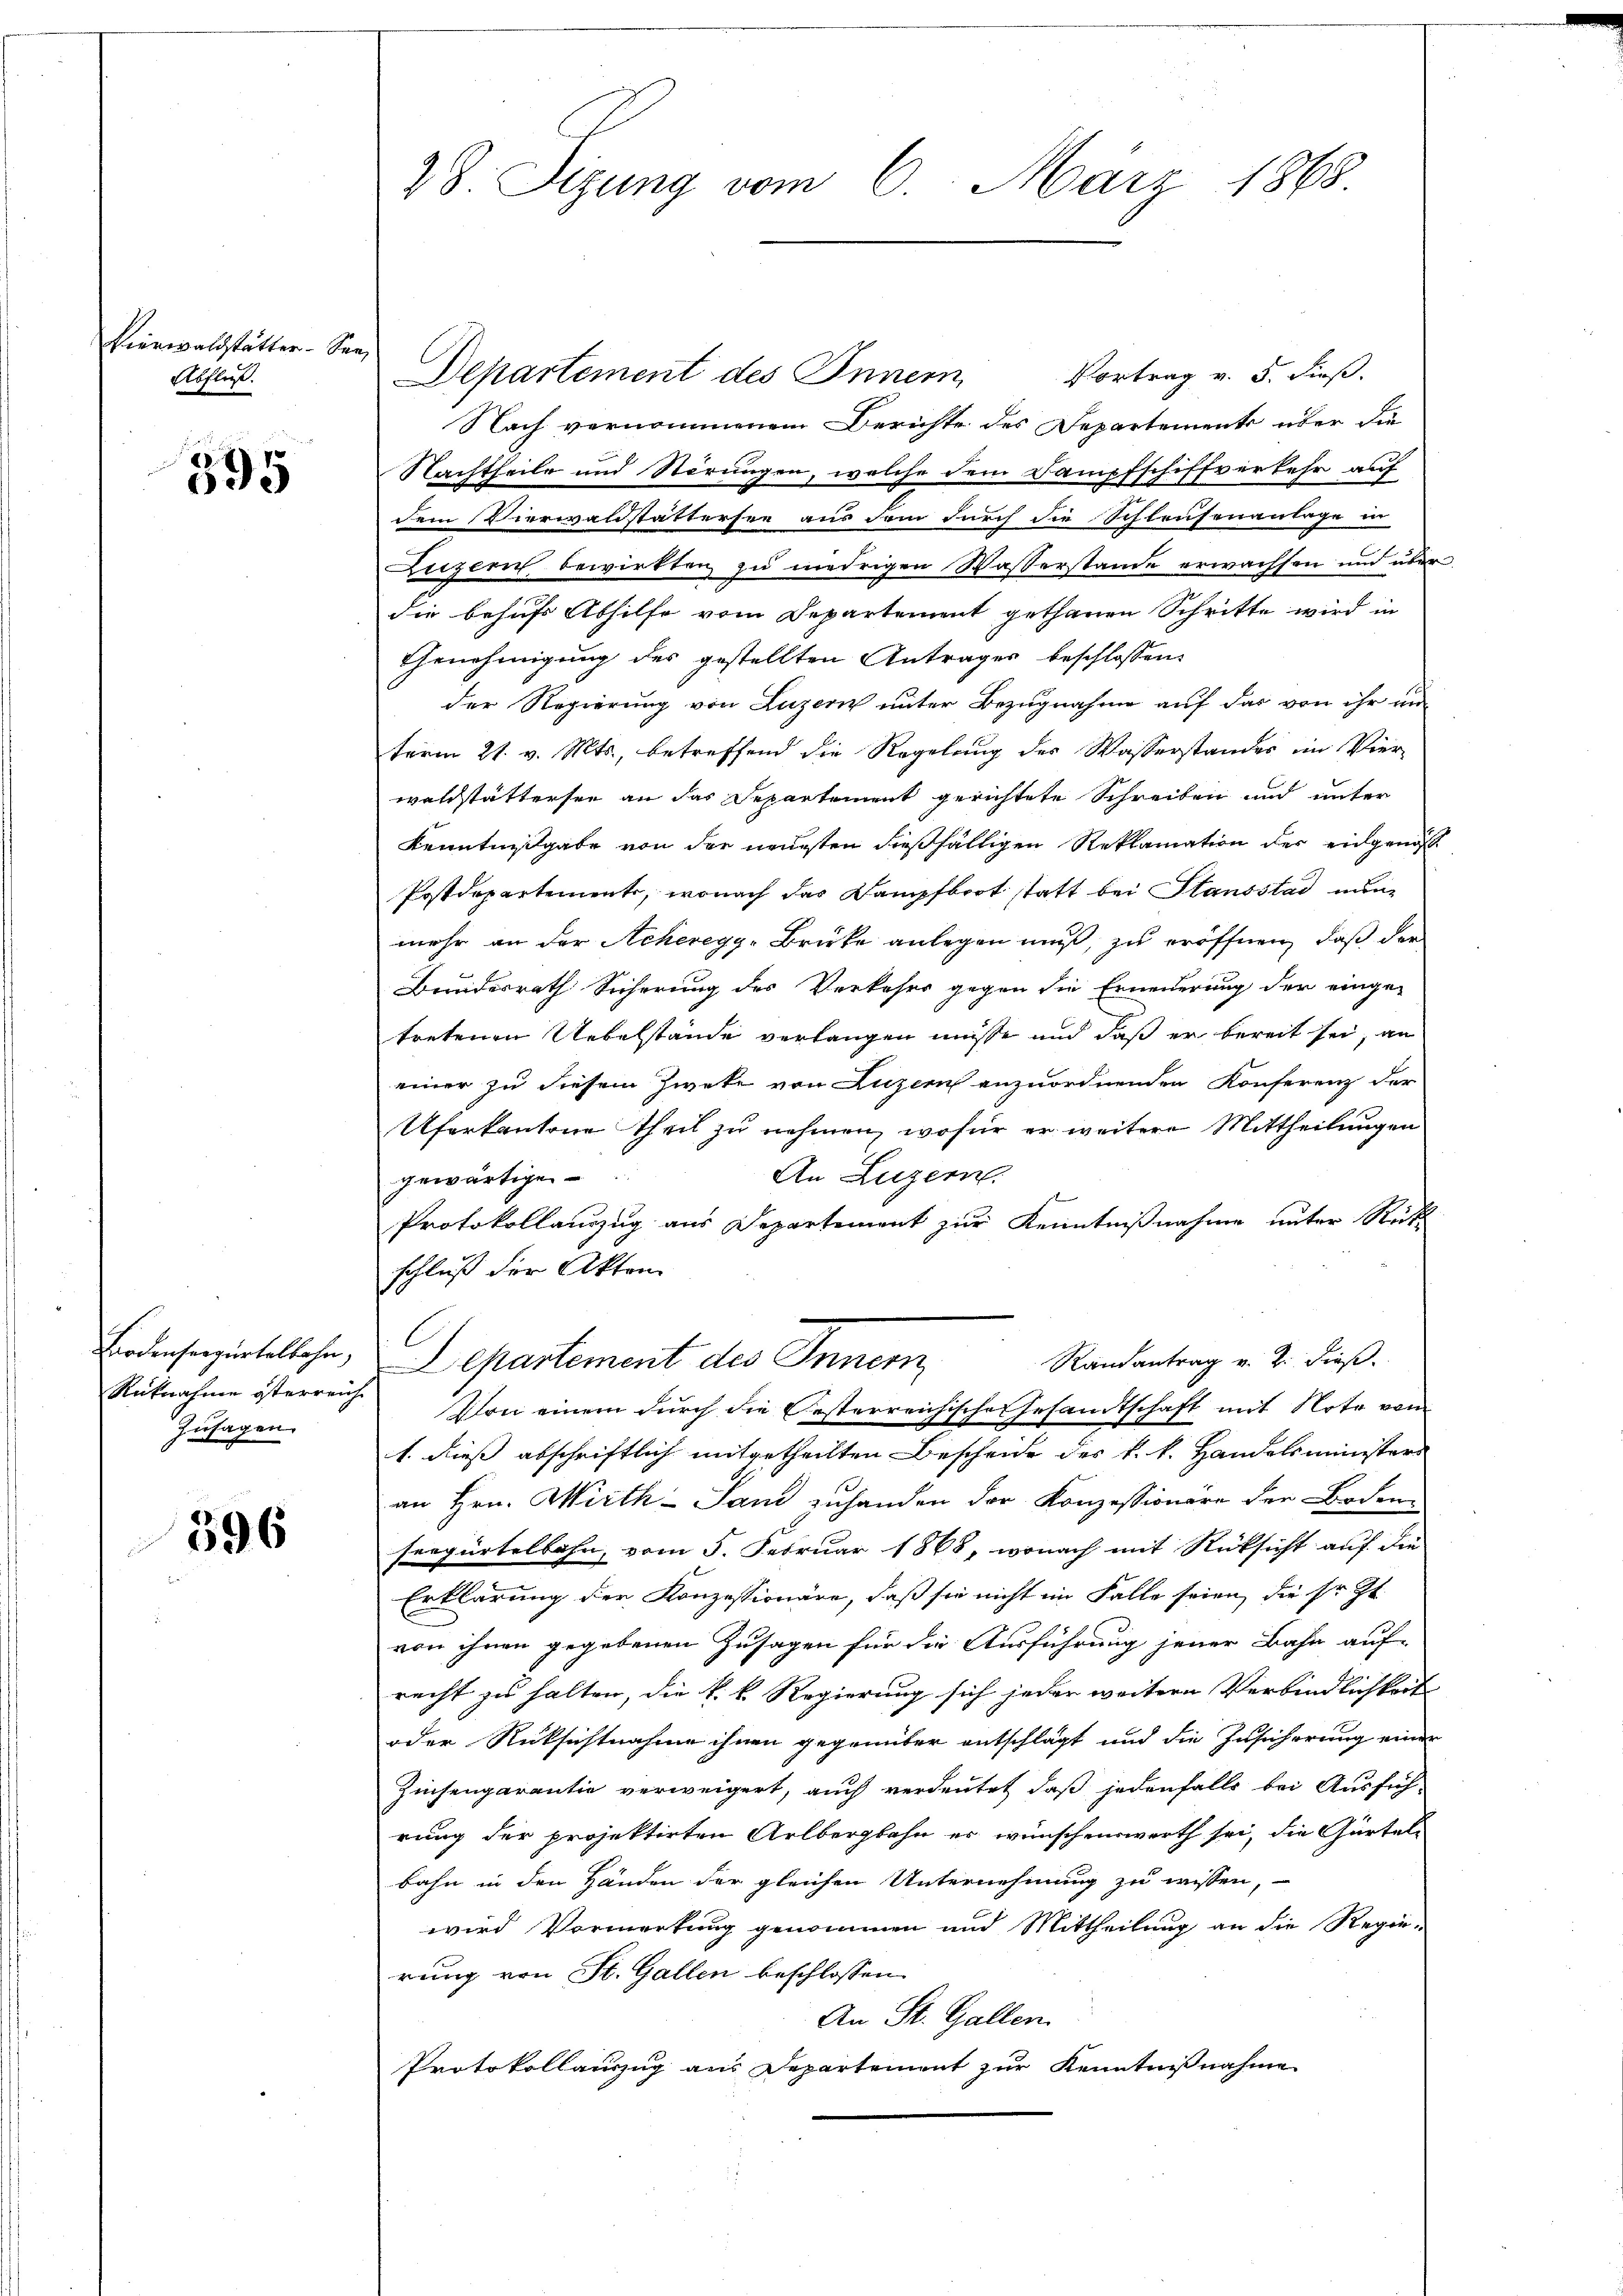
Vierwaldstätter. Sen
Abfluss.

281
595

Bodenseegürtelbahn,
Rücknahme österreich
Zusagen.

596

28. Sizung vom 6. März 1868

Departement des Innern Vortrag v. 5. dieβ.
Nach vernommenem Berichte des Departements über die
Nachtheile und Störungen, welche dem Dampfschiffverkehr auf
dem Vierwaldstättersee aus dem durch die Schleusenantage in
Luzern bewirkten zu niedrigen Wasserstande erwachsen und überdie behufs Abhilfe vom Departement gethanen Schritte wird in
Genehmigung des gestellten Anträger beschlossen:
der Regierung von Luzern unter Bezugnahme auf das von ihr un
term 21. v. Mts., betreffend die Regelung der Wasserstandes im Vier-
walcstättersen an das Departement gerichtete Schreiben und unter
Kenntnißgabe von der neuesten dießfälligen Reklamation der eidgenöß¬
Postdepartemente, wonach das Kampfboot statt bei Stausstad nunmehr an der Acheregg-Brücke anlegen muß, zu eröffnen, daß der
Bundesrath Sicherung der Verkehrs gegen die Erneuerung der einge-
tretenen Uebelstände verlangen müsse und daß er bereit sei, an
einer zu diesem Zweke von Luzer anzuordnenden Konferenz der
Uferkantone theil zŭ nehmen, wofür er weitere Mittheilungen
An Luzern.
gewärtige
f
Protokollauszug aus Departement zur Kenntnißnahme unter Rück
schluß der Akten
Randantrag v. 2. dieß.
Departement des Innern
Von einem durch die Oesterreichische Gesandtschaft mit Note von
1. dieß abschriftlich mitgetheilten Bescheide des k. k. Handelsministers
an Hrn. Wirth- Sand zuhanden der Konzessionäre der Boden-
seegürtelbahn, vom 5. Februar 1868, wonach mit Rücksicht auf die
Erklärung der Konzessionäre, daß sie nicht im Falle seien, die sr. Zt.
von ihnen gegebenen Zusagen für die Ausführung jener Bahn auf
recht zu halten, die k. k. Regierung sich jeder weitern Verbindlichkeit
oder Rücksichtnahme ihnen gegenüber entschlägt und die Zusicherung einer
Zinsengarantie verweigert, auch verdeutet, daß jedenfalls bei Ausfüh-
rung der projektirten Gelbergbahn er wünschenswerth sei, die Gürtelbahn in den Händen der gleichen Unternehmung zu wissen,
wird Vormerkung genommen und Mittheilung an die Regie-
rung von St. Gallen beschlossen
An St. Gallen.
Protokollauszug aus Departement zur Kenntnißnahme